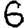
Digit: 6